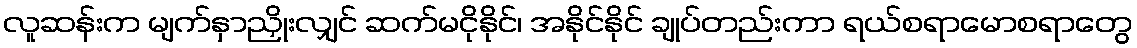
လူဆန်းက မျက်နှာညှိုးလျှင် ဆက်မငိုနိုင်၊ အနိုင်နိုင် ချုပ်တည်းကာ ရယ်စရာမောစရာတွေ